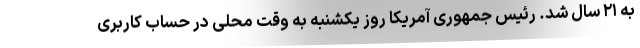
به ۲۱ سال شد. رئیس جمهوری آمریکا روز یکشنبه به وقت محلی در حساب کاربری